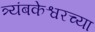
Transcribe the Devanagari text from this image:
त्र्यंबकेश्वरच्या